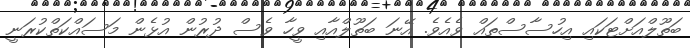
ބަތޫލްއަށްޓަކައި އިހުސާސްތައް ވެއެވެ. އޭނަ ބަތޫލްއާއި ވީހާ ވެސް ދުރުން އުޅެން މަސައްކަތްކުރަނީ